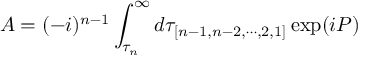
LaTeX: A = ( - i ) ^ { n - 1 } \int _ { \tau _ { n } } ^ { \infty } d \tau _ { [ n - 1 , n - 2 , \cdots , 2 , 1 ] } \exp ( i P ) \,